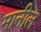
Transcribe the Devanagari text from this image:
मानील